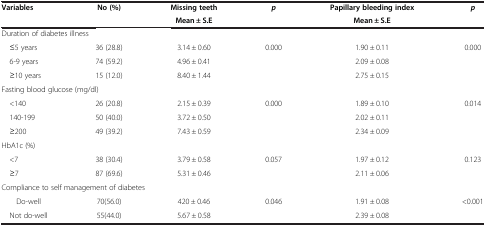
<table><thead><tr><td rowspan="2"><b>Variables</b></td><td rowspan="2"><b>No (%)</b></td><td><b>Missing teeth</b></td><td rowspan="2"><b><i>p</i></b></td><td><b>Papillary bleeding index</b></td><td rowspan="2"><b><i>p</i></b></td></tr><tr><td><b>Mean ± S.E</b></td><td><b>Mean ± S.E</b></td></tr></thead><tbody><tr><td colspan="6">Duration of diabetes illness</td></tr><tr><td> ≤5 years</td><td>36 (28.8)</td><td>3.14 ± 0.60</td><td>0.000</td><td>1.90 ± 0.11</td><td>0.000</td></tr><tr><td> 6-9 years</td><td>74 (59.2)</td><td>4.96 ± 0.41</td><td>[EMPTY_CELL]</td><td>2.09 ± 0.08</td><td>[EMPTY_CELL]</td></tr><tr><td> ≥10 years</td><td>15 (12.0)</td><td>8.40 ± 1.44</td><td>[EMPTY_CELL]</td><td>2.75 ± 0.15</td><td>[EMPTY_CELL]</td></tr><tr><td colspan="6">Fasting blood glucose (mg/dl)</td></tr><tr><td> &lt;140</td><td>26 (20.8)</td><td>2.15 ± 0.39</td><td>0.000</td><td>1.89 ± 0.10</td><td>0.014</td></tr><tr><td> 140-199</td><td>50 (40.0)</td><td>3.72 ± 0.50</td><td>[EMPTY_CELL]</td><td>2.02 ± 0.11</td><td>[EMPTY_CELL]</td></tr><tr><td> ≥200</td><td>49 (39.2)</td><td>7.43 ± 0.59</td><td>[EMPTY_CELL]</td><td>2.34 ± 0.09</td><td>[EMPTY_CELL]</td></tr><tr><td colspan="6">HbA1c (%)</td></tr><tr><td> &lt;7</td><td>38 (30.4)</td><td>3.79 ± 0.58</td><td>0.057</td><td>1.97 ± 0.12</td><td>0.123</td></tr><tr><td> ≥7</td><td>87 (69.6)</td><td>5.31 ± 0.46</td><td>[EMPTY_CELL]</td><td>2.11 ± 0.06</td><td>[EMPTY_CELL]</td></tr><tr><td colspan="6">Compliance to self management of diabetes</td></tr><tr><td> Do-well</td><td>70(56.0)</td><td>420 ± 0.46</td><td>0.046</td><td>1.91 ± 0.08</td><td>&lt;0.001</td></tr><tr><td> Not do-well</td><td>55(44.0)</td><td>5.67 ± 0.58</td><td>[EMPTY_CELL]</td><td>2.39 ± 0.08</td><td>[EMPTY_CELL]</td></tr></tbody></table>